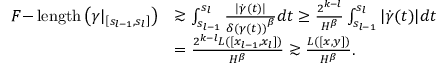
\begin{array} { r l } { F \mathrm { - } \operatorname { l e n g t h } \left( \gamma | _ { \left[ s _ { l - 1 } , s _ { l } \right] } \right) } & { \gtrsim \int _ { s _ { l - 1 } } ^ { s _ { l } } \frac { | \dot { \gamma } ( t ) | } { { \delta ( \gamma ( t ) ) } ^ { \beta } } d t \geq \frac { 2 ^ { k - l } } { H ^ { \beta } } \int _ { s _ { l - 1 } } ^ { s _ { l } } | \dot { \gamma } ( t ) | d t } \\ & { = \frac { 2 ^ { k - l } L ( [ x _ { l - 1 } , x _ { l } ] ) } { H ^ { \beta } } \gtrsim \frac { L ( [ x , y ] ) } { H ^ { \beta } } . } \end{array}